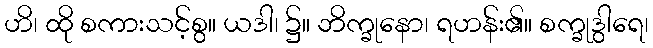
ဟိ၊ ထို စကားသင့်စွ။ ယဒါ၊ ၌။ ဘိက္ခုနော၊ ရဟန်း၏။ စက္ခုဒွါရေ၊